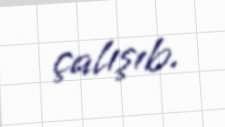
çalışıb.